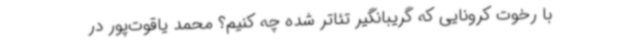
با رخوت کرونایی که گریبانگیر تئاتر شده چه کنیم؟ محمد یاقوت‌پور در